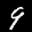
Label: 9